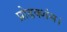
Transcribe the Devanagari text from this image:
प्रोडक्शंस।